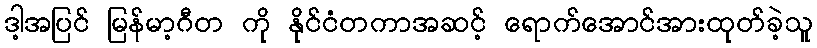
ဒါ့အပြင် မြန်မာ့ဂီတ ကို နိုင်ငံတကာအဆင့် ရောက်အောင်အားထုတ်ခဲ့သူ